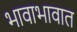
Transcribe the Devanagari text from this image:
भावाभावात